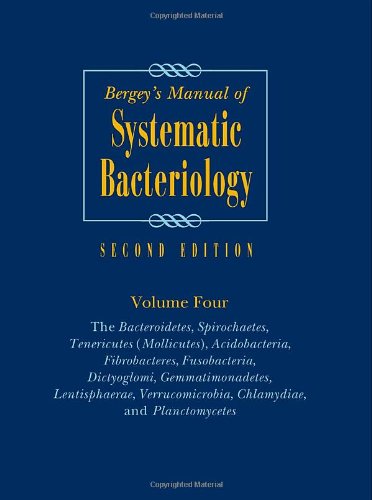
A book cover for Bergey's Manual of Systematic Bacteriology, Vol. 4 (Bergey's Manual/ Systemic Bacteriology (2nd Edition)); Medical Books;